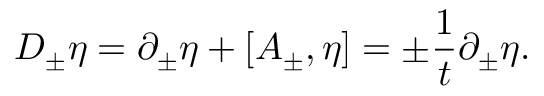
D _ { \pm } \eta = \partial _ { \pm } \eta + [ A _ { \pm } , \eta ] = \pm { \frac { 1 } { t } } \partial _ { \pm } \eta .